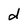
Character: d